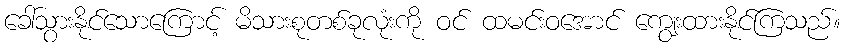
ခေါ်သွားနိုင်သောကြောင့် မိသားစုတစ်ခုလုံးကို ဝင် ထမင်းဝအောင် ကျွေးထားနိုင်ကြသည်။